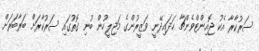
ސަރުކާރާ އެކު ޖޮއިންޓްވެންޗާ ހަދައިދޭނީ ވަޒީރުންގެ މަޖިލީހުން ބުނި ގޮތުގައި ސަރުކާރަށް ބަރާބަރަށް